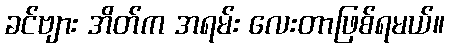
ခင်ဗျား အိတ်က အရမ်း လေးတာဖြစ်ရမယ်။